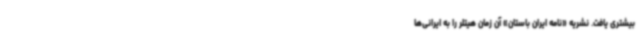
بیشتری یافت. نشریه‌ «نامه ایران باستان» آن زمان هیتلر را به ایرانی‌ها